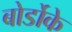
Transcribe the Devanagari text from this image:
बोर्डोके